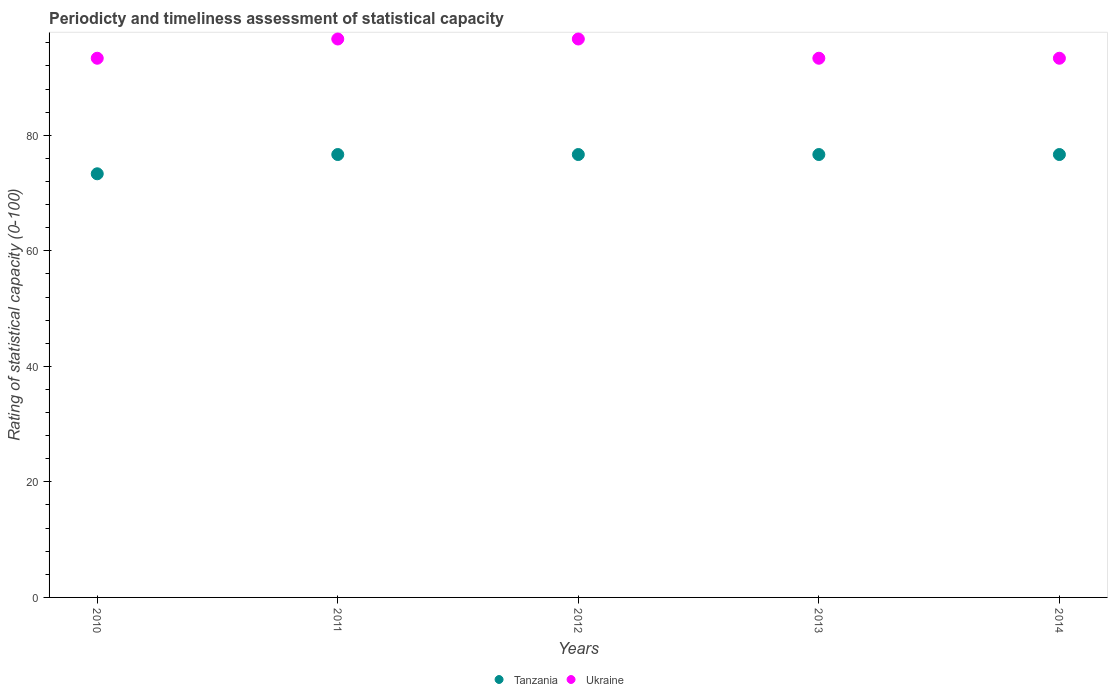
| Years | Tanzania | Ukraine |
 | --- | --- | --- |
 | 2010 | 73.3 | 93.3 |
 | 2011 | 76.7 | 96.7 |
 | 2012 | 76.7 | 96.7 |
 | 2013 | 76.7 | 93.3 |
 | 2014 | 76.7 | 93.3 |